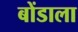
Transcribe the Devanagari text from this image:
बोंडाला